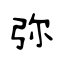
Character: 弥